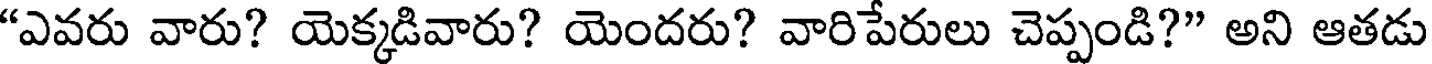
"ఎవరు వారు? యెక్కడివారు? యెందరు? వారిపేరులు చెప్పండి?" అని ఆతడు